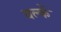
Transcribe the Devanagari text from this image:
वल्कें